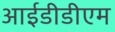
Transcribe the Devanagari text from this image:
आईडीडीएम